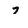
Character: 7